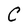
Character: C